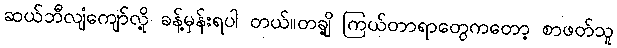
ဆယ်ဘီလျံကျော်လို့ ခန့်မှန်းရပါ တယ်။တချို့ ကြယ်တာရာတွေကတော့ စာဖတ်သူ